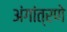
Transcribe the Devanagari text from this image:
अंगांत्रणे